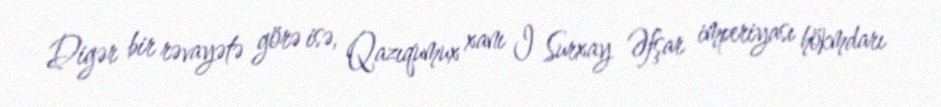
Digər bir rəvayətə görə isə, Qazıqumux xanı I Surxay Əfşar imperiyası hökmdarı